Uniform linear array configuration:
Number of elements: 12
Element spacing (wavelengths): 0.25
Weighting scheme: hann
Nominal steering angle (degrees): -15
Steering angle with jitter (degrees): -16.573
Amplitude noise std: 0.05
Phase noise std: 0.05

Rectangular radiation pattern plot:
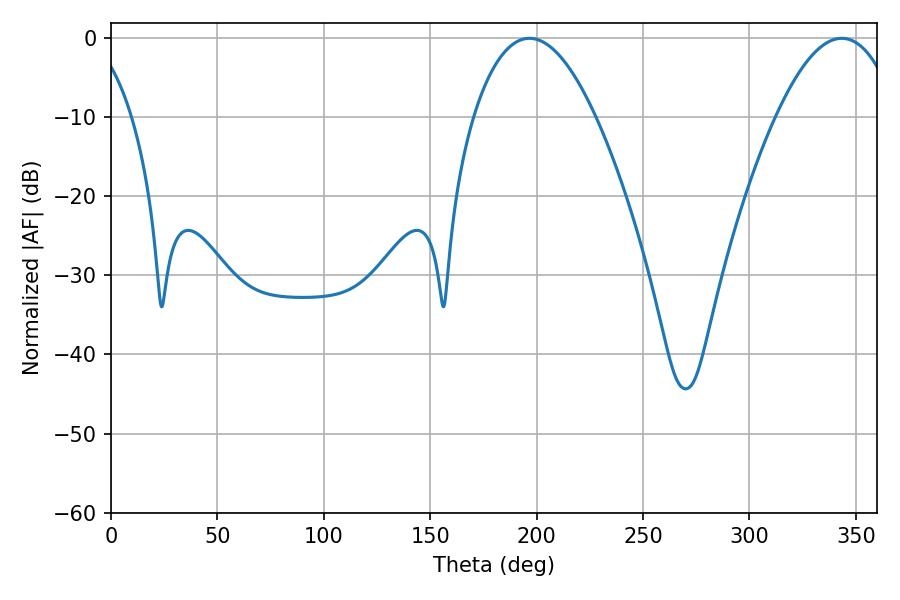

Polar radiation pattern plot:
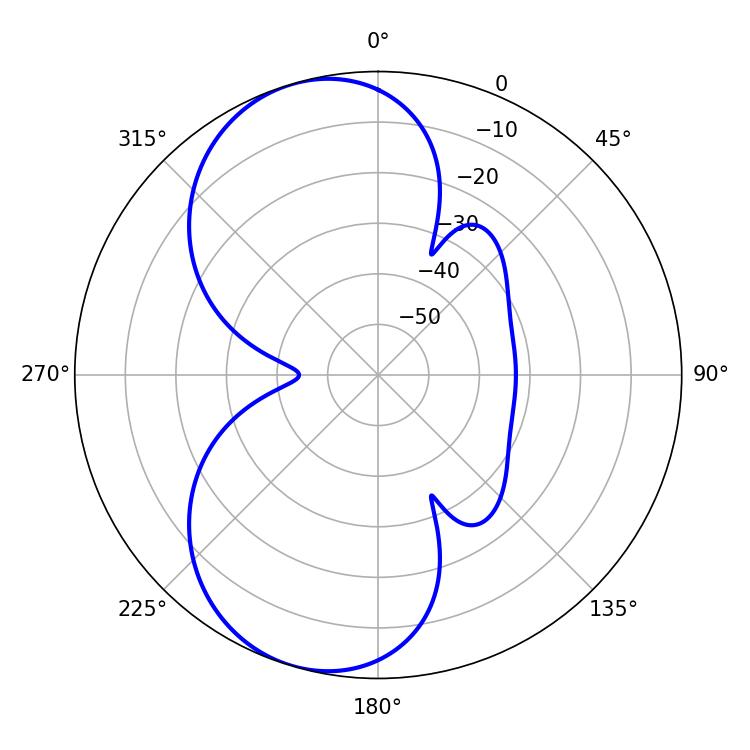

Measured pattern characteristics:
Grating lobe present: FALSE
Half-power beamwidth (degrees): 31.68
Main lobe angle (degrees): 196.56